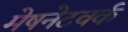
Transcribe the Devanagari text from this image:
मेषनेटवर्क